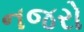
નજરો